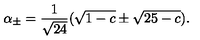
\alpha _ { \pm } = \frac { 1 } { \sqrt { 2 4 } } ( \sqrt { 1 - c } \pm \sqrt { 2 5 - c } ) .